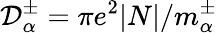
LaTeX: \mathcal{D}_{\alpha}^{\pm}=\pi e^{2}\mathopen{}\left|N\right|\mathclose{}/m_{\alpha}^{\pm}